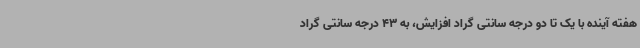
هفته آینده با یک تا دو درجه سانتی گراد افزایش، به 43 درجه سانتی گراد